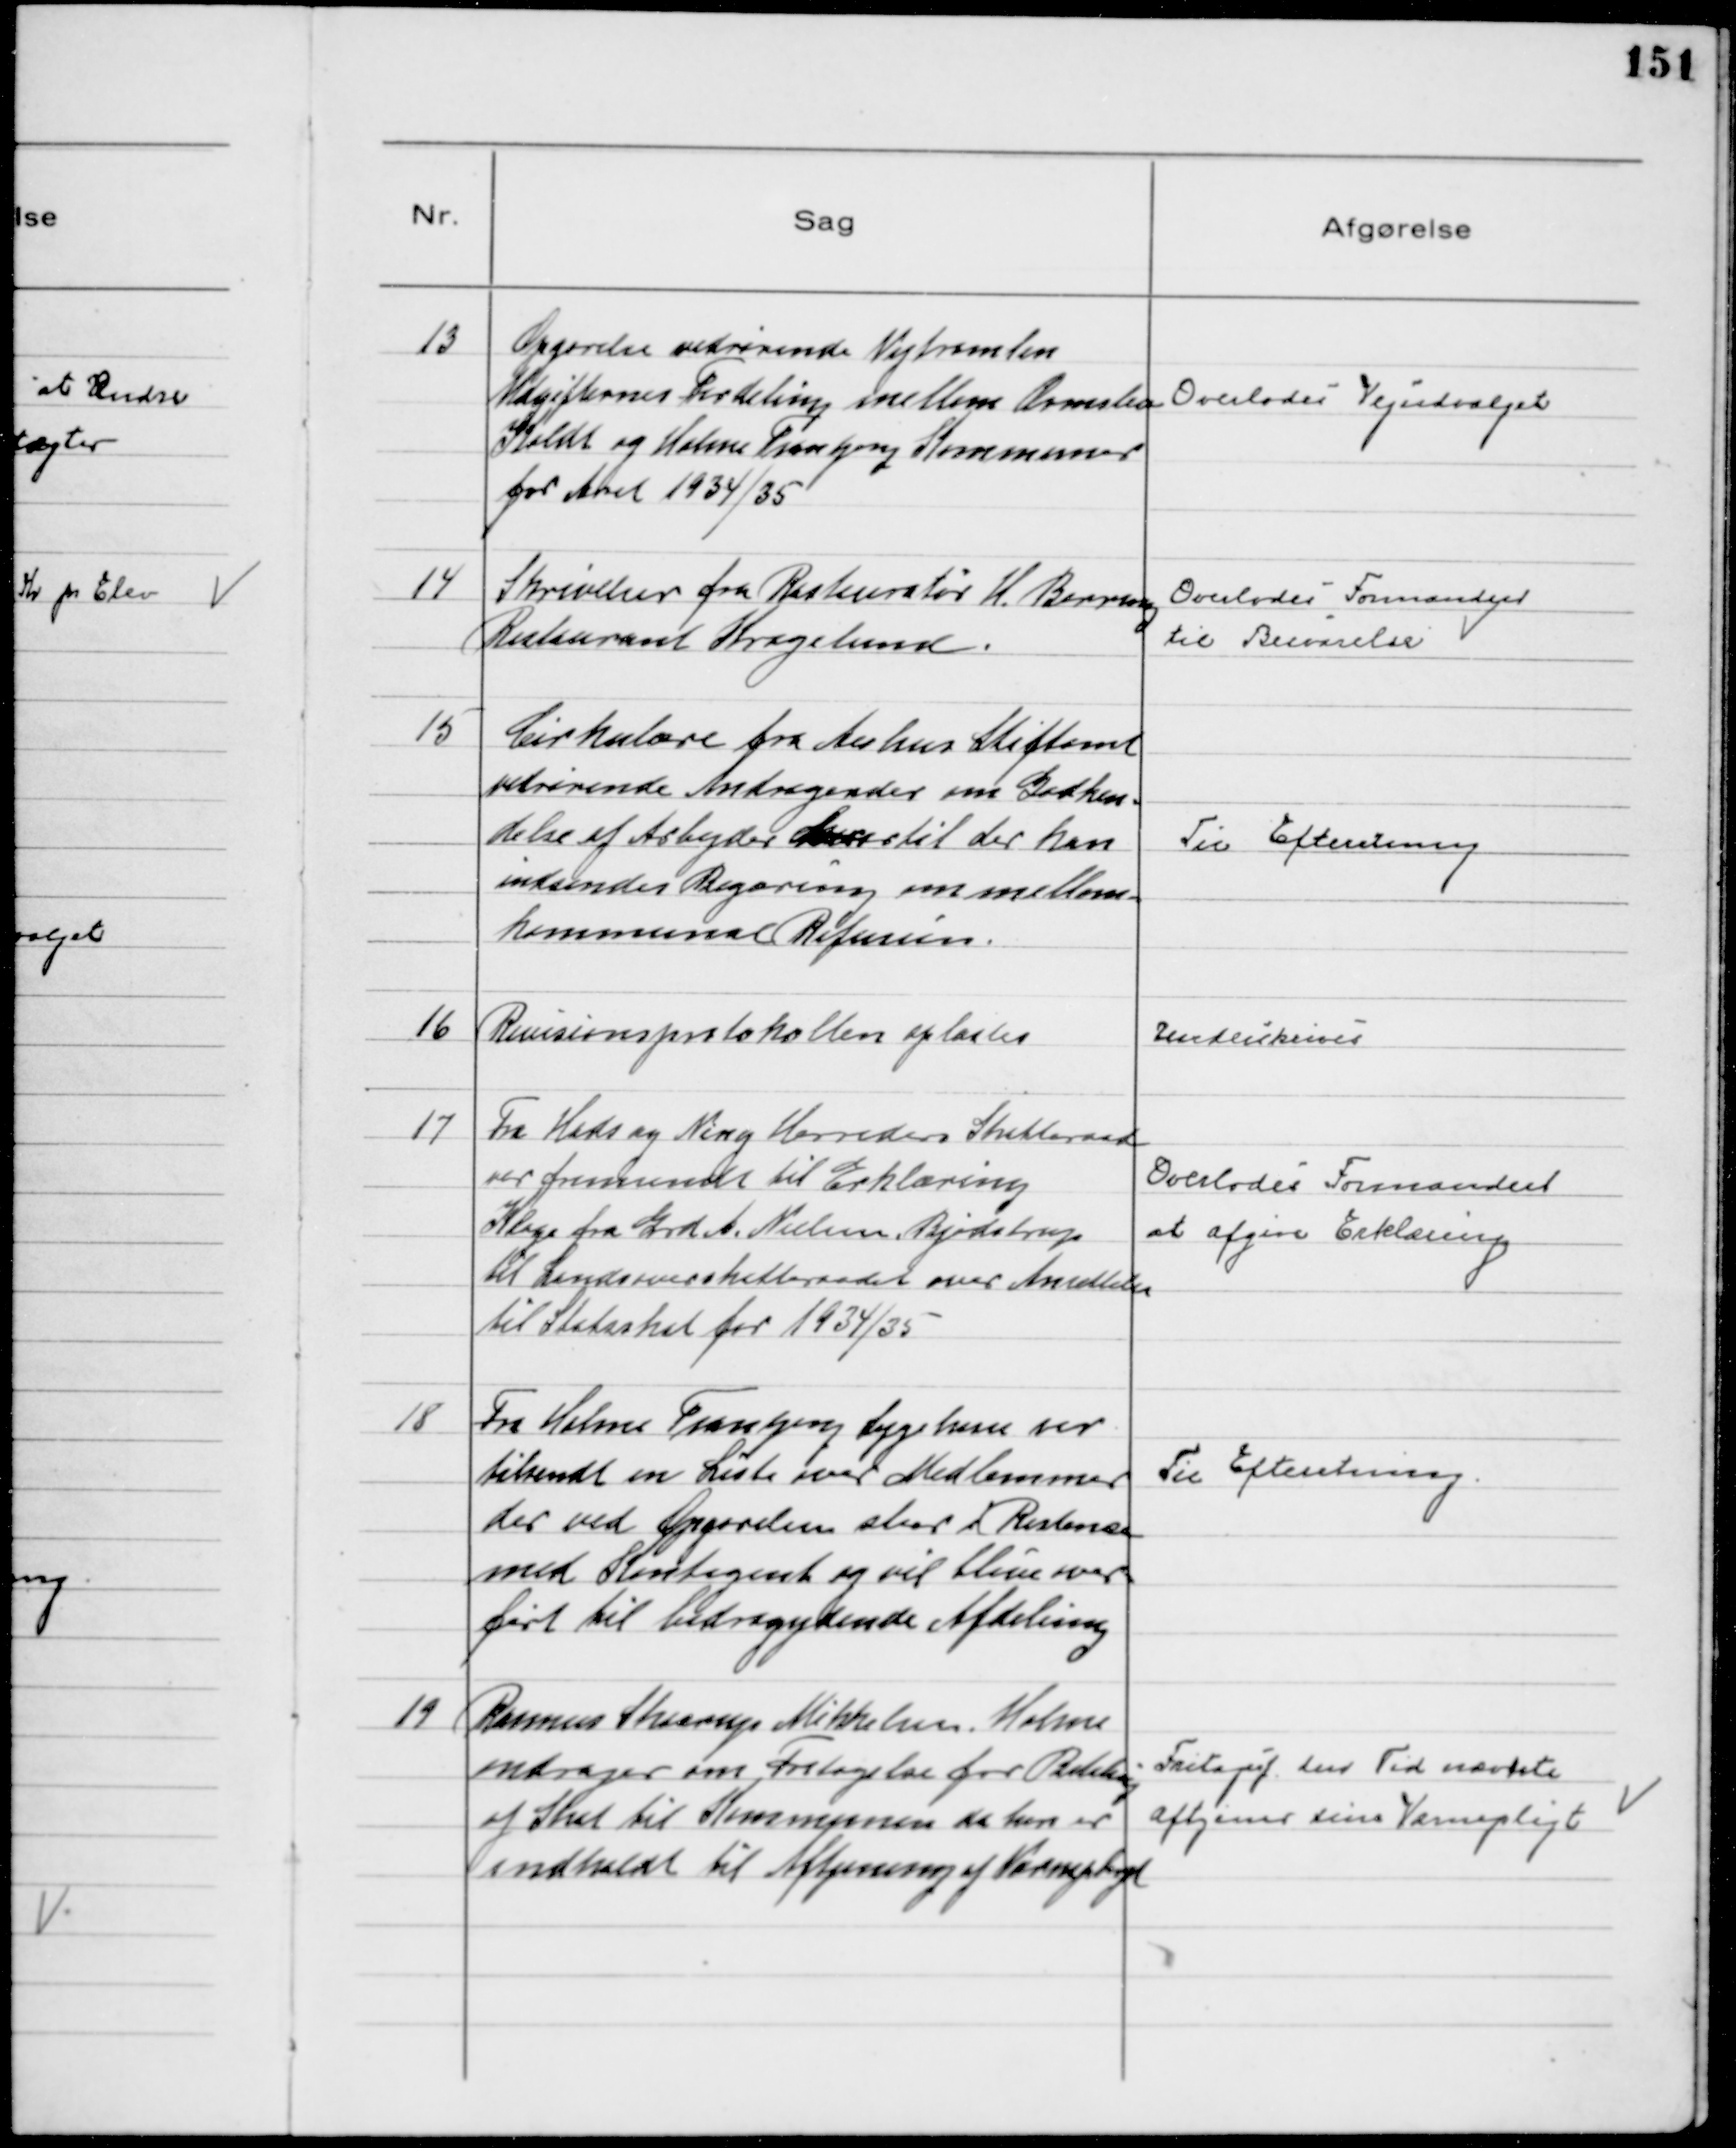
Transskription:
13
Opgørelse vedrørende Vejtromlen
Udgifternes Fordeling mellem Ormslev
Koldt og Holme Tranbjerg Kommuner
for Aaret 1934/35

Overlodes Vejudvalget

14
Skrivelser fra Restauratør H. Berring
Restaurant Kragelund.
Overlodes Formanden
til Besvarelse

15
Cirkulære fra Aarhus Stiftamt
vedrørende Andragender om Godken=
delse af Arbejder hvortil der kan
indsendes Begæring om mellem=
kommunal Refusion.

Til Efteretning

16
Revisionsprotokollen oplæstes

Underskrives

17
Fra Hads og Ning Herreders Skatteraad
var fremsendt til Erklæring
Klage fra Grd A. Nielsen, Bjødstrup
til Landsoverskatteraadet over Ansættelse
til Statsskat for 1934/35
Overlodes Formanden
at afgive Erklæring

18
Fra Holme Tranbjerg Sygekasse var
tilsendt en Liste over Medlemmer
der ved Opgørelsen staar i Restance
med Kontigent og vil blive over=
ført til bidragydende Afdeling

Til Efteretning

19
Rasmus Skaarup Mikkelsen, Holme
andrager om Fritagelse for Betaling
af Skat til Kommunen da han er
indkaldt til Aftjening af Værnepligt
Fritages f. den Tid nævnte
aftjener sin Værnepligt